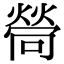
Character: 𤍔